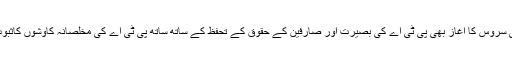
اس نئی سروس کا آغاز بھی پی ٹی اے کی بصیرت اور صارفین کے حقوق کے تحفظ کے ساتھ ساتھ پی ٹی اے کی مخلصانہ کاوشوں کاثبوت ہے۔